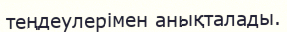
теңдеулерімен анықталады.